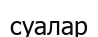
суалар